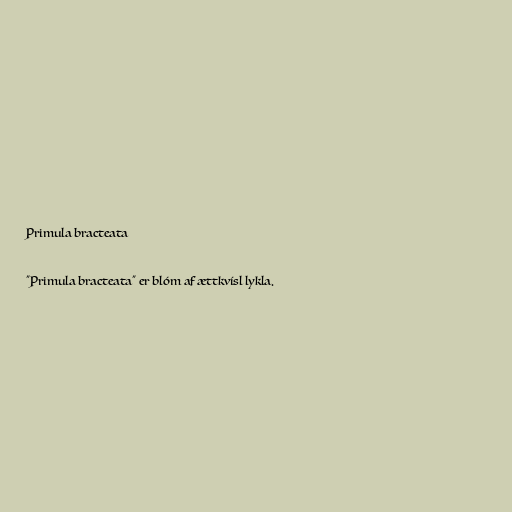
Primula bracteata

"Primula bracteata" er blóm af ættkvísl lykla.